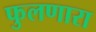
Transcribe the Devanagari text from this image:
फुलणारा